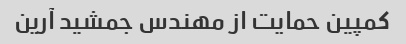
کمپین حمایت از مهندس جمشید آرین